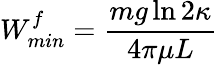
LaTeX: W_{min}^{f}=\frac{mg\ln 2\kappa}{4\pi\mu L}